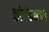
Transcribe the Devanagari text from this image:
कोप्रोडक्शन